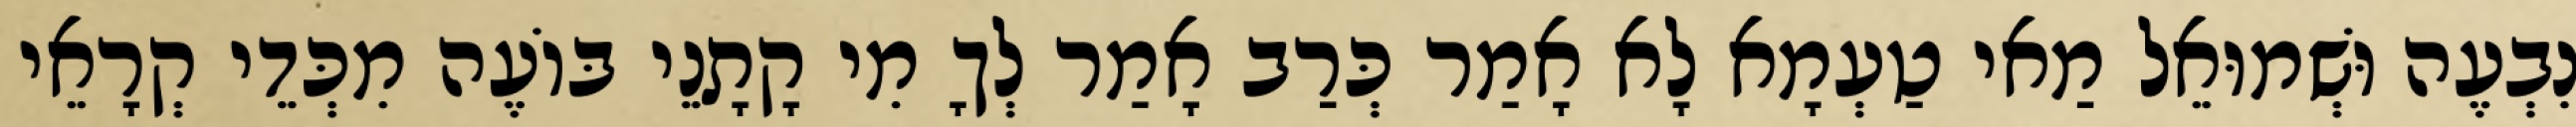
נִבְעֶה וּשְׁמוּאֵל מַאי טַעְמָא לָא אָמַר כְּרַב אָמַר לְךָ מִי קָתָנֵי בּוֹעֶה מִכְּדֵי קְרָאֵי